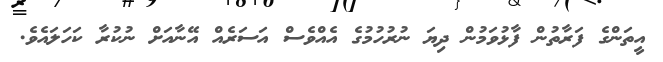
އީތަންގެ ފަރާތުން ފާޅުވަމުން ދިޔަ ނުރުހުމުގެ އެއްވެސް އަސަރެއް އޭނާއަށް ނުކުރާ ކަހަލައެވެ.